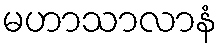
မဟာသာလာနံ